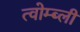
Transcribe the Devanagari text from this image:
त्वोम्ब्ली